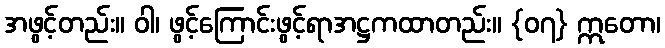
အဖွင့်တည်း။ ဝါ၊ ဖွင့်ကြောင်းဖွင့်ရာအဋ္ဌကထာတည်း။ {၀၇} ဣတော၊